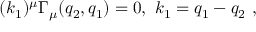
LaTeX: ( k _ { 1 } ) ^ { \mu } \Gamma _ { \mu } ( q _ { 2 } , q _ { 1 } ) = 0 , \, \, k _ { 1 } = q _ { 1 } - q _ { 2 } \, \, ,